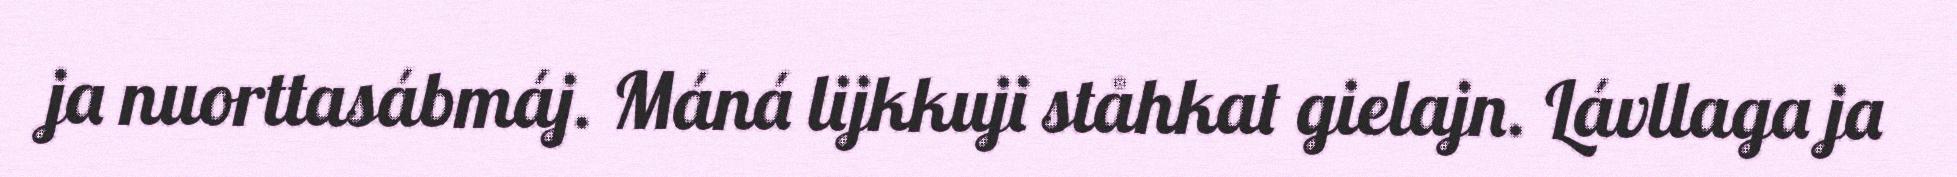
ja nuorttasábmáj. Máná lijkkuji ståhkat gielajn. Lávllaga ja